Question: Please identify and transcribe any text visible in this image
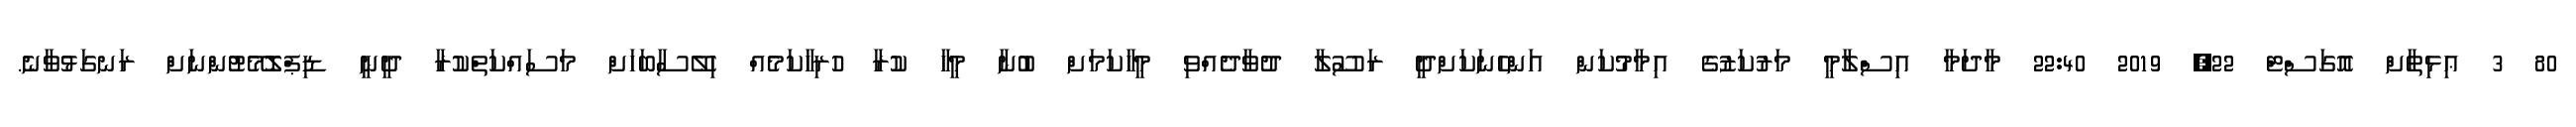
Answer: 80 3 ޢިޅިޠާށް އޮގަސްޓް 22, 2019 22:40 މާދަމާ އިސްލާމީ މަރުކަޒުގެ އިމާމުކަން އަންހެނަކަށްދީ ރަސޫލާ ދުވާދެއްވި މީހާކަމަށް ބުނާ މީހާ ކުރާ ހުރިހާކަމެއް ހިލޭސާބަހަށް މަސައްކަތްކުރާ ދީނީ ޑިޕްލޮމޭޓުންނަށް ރަނގަޅުވާނެ.